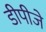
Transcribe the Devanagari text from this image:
डीपीजे